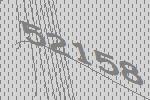
52158